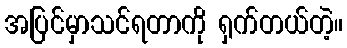
အပြင်မှာသင်ရတာကို ရှက်တယ်တဲ့။